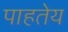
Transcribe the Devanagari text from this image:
पाहतेय